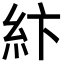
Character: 𥾽